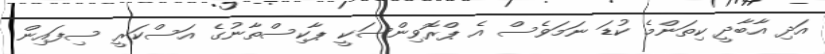
އަދި އާބާދީ ކިތަންމެ ކުޑަ ނަމަވެސް އެ ޕްރޮވިންސަކީ ޕާކިސްތާނުގެ އަސްކަރީ ސިފައިން